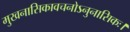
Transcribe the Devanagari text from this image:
मुखनासिकावचनोऽनुनासिकः।